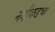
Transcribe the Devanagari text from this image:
नदीकडचा